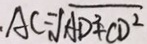
A C = \sqrt { A D ^ { 2 } + C D ^ { 2 } }